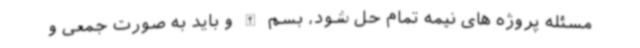
مسئله پروژه های نیمه تمام حل شود، بسم الله و باید به صورت جمعی و